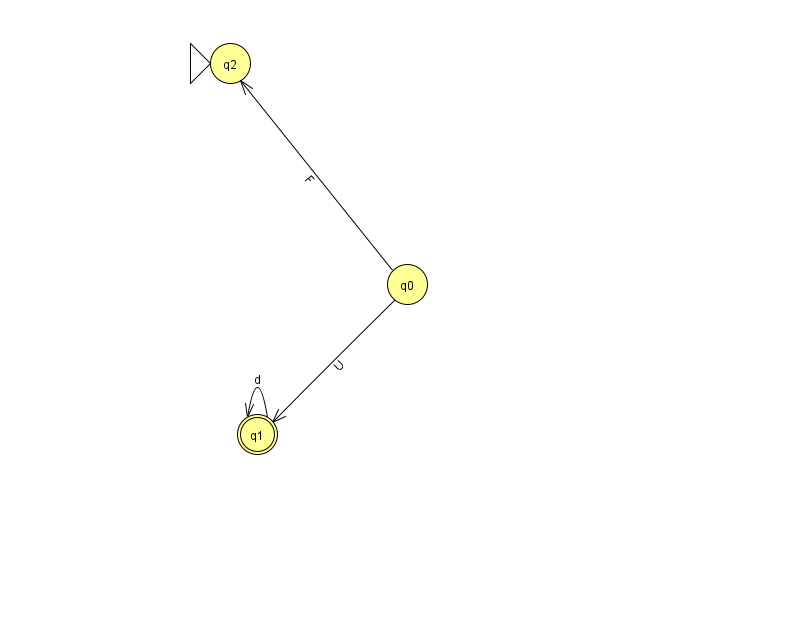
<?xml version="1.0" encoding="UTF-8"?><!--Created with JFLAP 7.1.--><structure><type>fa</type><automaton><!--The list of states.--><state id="0" name="q0"><x>407.0</x><y>271.0</y></state><state id="1" name="q1"><x>257.0</x><y>421.0</y><final/></state><state id="2" name="q2"><x>230.0</x><y>50.0</y><initial/></state><!--The list of transitions.--><transition><from>1</from><to>1</to><read>d</read></transition><transition><from>0</from><to>2</to><read>F</read></transition><transition><from>0</from><to>1</to><read>U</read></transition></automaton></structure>